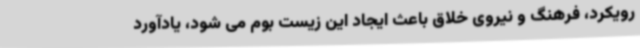
رویکرد، فرهنگ و نیروی خلاق باعث ایجاد این زیست بوم می شود، یادآورد